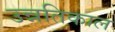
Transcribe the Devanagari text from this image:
उन्नतिकाल